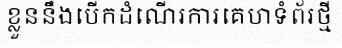
ខ្លួននឹងបើកដំណើរការគេហទំព័រថ្មី